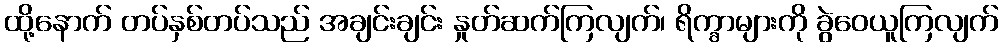
ထို့နောက် တပ်နှစ်တပ်သည် အချင်းချင်း နှုတ်ဆက်ကြလျက်၊ ရိက္ခာများကို ခွဲဝေယူကြလျက်